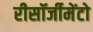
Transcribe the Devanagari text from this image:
रीसॉर्जीमेंटो